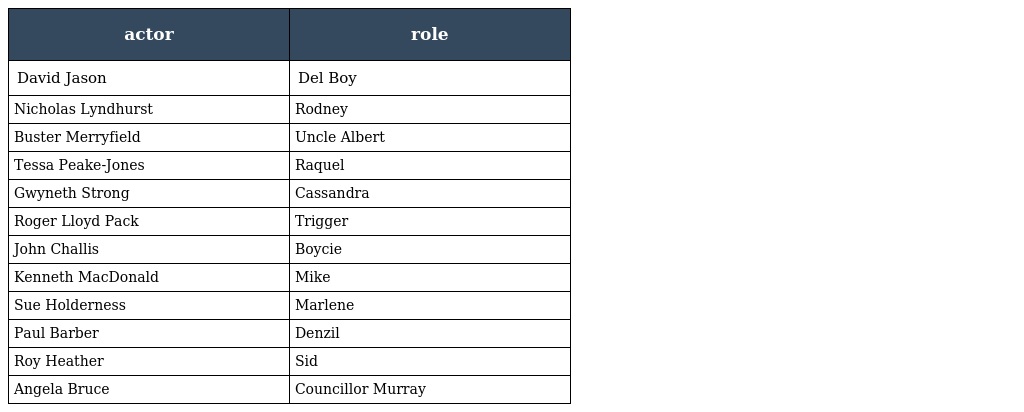
| actor | role |
 | --- | --- |
 | David Jason | Del Boy |
 | Nicholas Lyndhurst | Rodney |
 | Buster Merryfield | Uncle Albert |
 | Tessa Peake-Jones | Raquel |
 | Gwyneth Strong | Cassandra |
 | Roger Lloyd Pack | Trigger |
 | John Challis | Boycie |
 | Kenneth MacDonald | Mike |
 | Sue Holderness | Marlene |
 | Paul Barber | Denzil |
 | Roy Heather | Sid |
 | Angela Bruce | Councillor Murray |